Elephants and their diseases
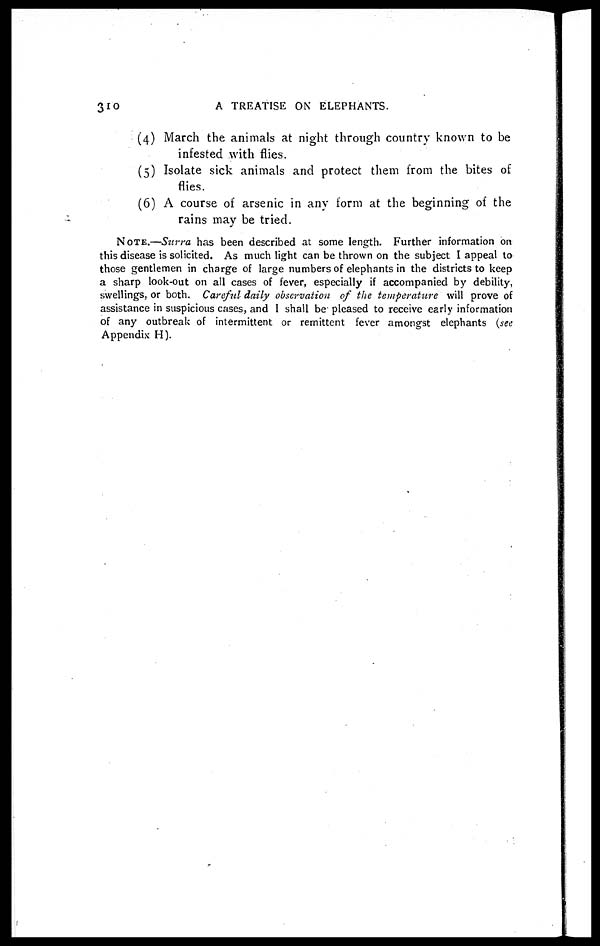
310
A TREATISE ON ELEPHANTS.
(4) March the animals at night through country known to be
infested with flies.
(5) Isolate sick animals and protect them from the bites of
flies.
(6) A course of arsenic in any form at the beginning of the
rains may be tried.
NOTE.—Surra has been described at some length. Further information on
this disease is solicited. As much light can be thrown on the subject I appeal to
those gentlemen in charge of large numbers of elephants in the districts to keep
a sharp look-out on all cases of fever, especially if accompanied by debility,
swellings, or both. Careful daily observation of the temperature will prove of
assistance in suspicious cases, and I shall be pleased to receive early information
of any outbreak of intermittent or remittent fever amongst elephants (see
Appendix H).